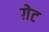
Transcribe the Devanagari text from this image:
ग़ेट